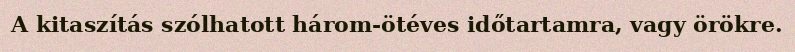
A kitaszítás szólhatott három-ötéves időtartamra, vagy örökre.